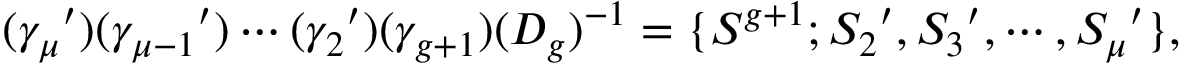
( { \gamma _ { \mu } } ^ { \prime } ) ( { \gamma _ { \mu - 1 } } ^ { \prime } ) \cdots ( { \gamma _ { 2 } } ^ { \prime } ) ( \gamma _ { g + 1 } ) ( D _ { g } ) ^ { - 1 } = \{ S ^ { g + 1 } ; { S _ { 2 } } ^ { \prime } , { S _ { 3 } } ^ { \prime } , \cdots , { S _ { \mu } } ^ { \prime } \} ,